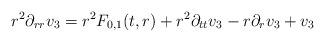
LaTeX: \begin{align*} r^{2} \partial_{rr}v_{3} = r^{2} F_{0,1}(t,r) + r^{2} \partial_{tt}v_{3}-r \partial_{r}v_{3}+v_{3}\end{align*}